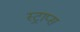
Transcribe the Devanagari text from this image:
स्ट्राप्स